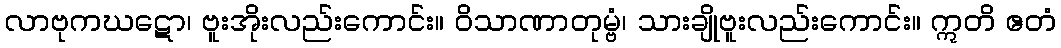
လာဗုကဃဋော၊ ဗူးအိုးလည်းကောင်း။ ဝိသာဏာတုမ္ဗံ၊ သားချိုဗူးလည်းကောင်း။ ဣတိ ဧတံ